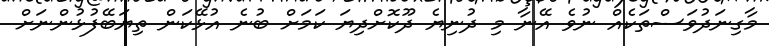
މާގިނަދުވަސްތަކެއް ނުވެ އޭނާ މި ދުނިޔެ ދޫކޮށްދިޔަ ކަމަށް ބުނެ އުޅޭކަން ތިޔަބޭފުޅުންނަށް